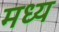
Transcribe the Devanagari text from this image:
मध्य